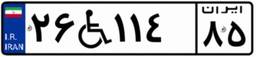
۵۷W۹۴۱۱۸